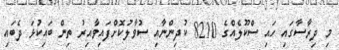
މި ދިރާސާގައި ހައި ސްކޫލެއްގެ 8210 ކުދިންނާއި ސުވާލުކޮށްފައިވާއިރު ތިން ބައިކުޅަ ދެބައި